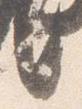
言